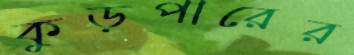
কুড়পারের